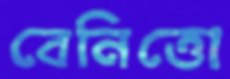
বেনিত্তো